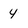
Character: 4